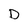
Character: D